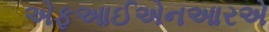
એફઆઈએનઆરએ